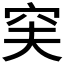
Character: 𥥂